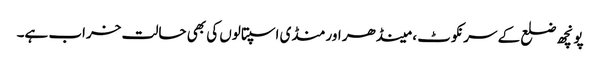
پونچھ ضلع کے سرنکوٹ ، مینڈھر اور منڈی اسپتالوں کی بھی حالت خراب ہے۔